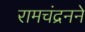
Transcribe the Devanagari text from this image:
रामचंद्रनने